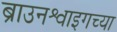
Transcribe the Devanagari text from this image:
ब्राउनश्वाइगच्या